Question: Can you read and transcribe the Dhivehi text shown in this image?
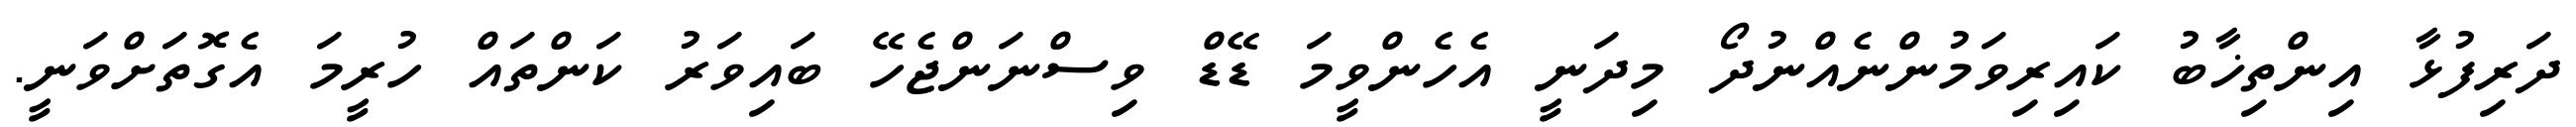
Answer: ދަރިފުޅާ އިންތިޚާބު ކައިރިވަމުންނެއްނުދޯ މިދަނީ އެހެންވީމަ ޑޭޑް ވިސްނަންޖެހޭ ބައިވަރު ކަންތައް ހުރީމަ އެގޮތަށްވަނީ.